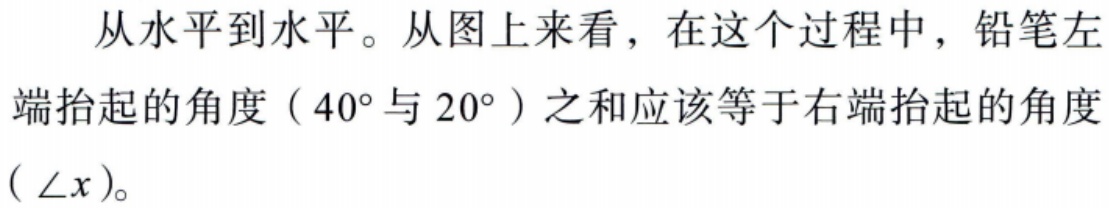
从水平到水平。从图上来看，在这个过程中，铅笔左端抬起的角度（\(40^{\circ}\)与\(20^{\circ}\)）之和应该等于右端抬起的角度（\(\angle x\)）。